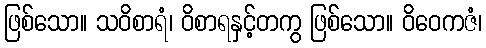
ဖြစ်သော။ သဝိစာရံ၊ ဝိစာရနှင့်တကွ ဖြစ်သော။ ဝိဝေကဇံ၊